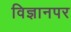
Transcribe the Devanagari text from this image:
विज्ञानपर